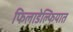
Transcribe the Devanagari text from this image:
फिलाडेल्फियात